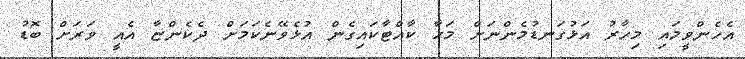
އެހެންވީމައި މިހާރު އަޅުގަނޑުމެންނަށް މަހާ ކާއްޓާކައިގެން އުޅެވޭނެކަމަށް ދެކެންޏާ އެއީ ވަރަށް ބޮޑު